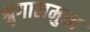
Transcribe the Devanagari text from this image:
श्रृगालमुख